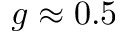
g \approx 0 . 5